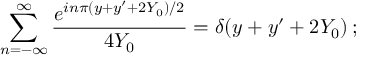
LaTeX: \sum _ { n = - \infty } ^ { \infty } { \frac { e ^ { i n \pi ( y + y ^ { \prime } + 2 Y _ { 0 } ) / 2 } } { 4 Y _ { 0 } } } = \delta ( y + y ^ { \prime } + 2 Y _ { 0 } ) \, ;